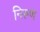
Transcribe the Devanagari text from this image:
निरूण